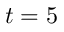
t = 5